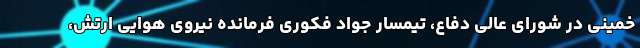
خمینی در شورای عالی دفاع، تیمسار جواد فکوری فرمانده نیروی هوایی ارتش،